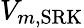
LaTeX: V_{m,{\mathrm{SRK}}}